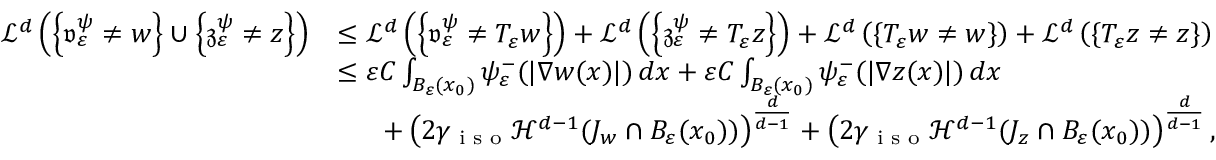
\begin{array} { r l } { \mathcal { L } ^ { d } \left( \left\{ \mathfrak { v } _ { \varepsilon } ^ { \psi } \neq w \right\} \cup \left\{ \mathfrak { z } _ { \varepsilon } ^ { \psi } \neq z \right\} \right) } & { \leq \mathcal { L } ^ { d } \left( \left\{ \mathfrak { v } _ { \varepsilon } ^ { \psi } \neq T _ { \varepsilon } w \right\} \right) + \mathcal { L } ^ { d } \left( \left\{ \mathfrak { z } _ { \varepsilon } ^ { \psi } \neq T _ { \varepsilon } z \right\} \right) + \mathcal { L } ^ { d } \left( \{ T _ { \varepsilon } w \neq w \} \right) + \mathcal { L } ^ { d } \left( \{ T _ { \varepsilon } z \neq z \} \right) } \\ & { \leq \varepsilon C \int _ { B _ { \varepsilon } ( x _ { 0 } ) } \psi _ { \varepsilon } ^ { - } ( | \nabla w ( x ) | ) \, d x + \varepsilon C \int _ { B _ { \varepsilon } ( x _ { 0 } ) } \psi _ { \varepsilon } ^ { - } ( | \nabla z ( x ) | ) \, d x } \\ & { \ \ \ \ \ + \left( 2 \gamma _ { \textnormal { i s o } } \mathcal { H } ^ { d - 1 } ( J _ { w } \cap B _ { \varepsilon } ( x _ { 0 } ) ) \right) ^ { \frac { d } { d - 1 } } + \left( 2 \gamma _ { \textnormal { i s o } } \mathcal { H } ^ { d - 1 } ( J _ { z } \cap B _ { \varepsilon } ( x _ { 0 } ) ) \right) ^ { \frac { d } { d - 1 } } , } \end{array}